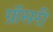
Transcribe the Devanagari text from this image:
ग्रॉसरी